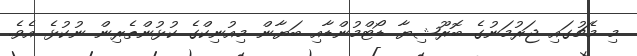
މި މެޗުގައި ޖަރުމަނުގެ ބޮރޫޝިޔާ ޑޯޓްމުންޑާއި ބަޔާން މިއުނިކްގެ ކުޅުންތެރިން ނުކުޅެ އެވެ.